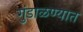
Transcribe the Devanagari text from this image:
गुंडाळण्यात